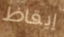
إيقاظ